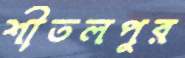
শীতলপুর